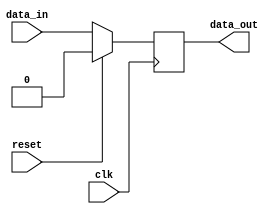
module IO_Buffer (
    input wire clk,
    input wire reset,
    input wire data_in,
    output reg data_out
);

reg buffer;

always @(posedge clk) begin
    if (reset) begin
        buffer <= 0;
    end else begin
        buffer <= data_in;
    end
end

assign data_out = buffer;

endmodule